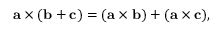
\mathbf { a } \times ( \mathbf { b } + \mathbf { c } ) = ( \mathbf { a } \times \mathbf { b } ) + ( \mathbf { a } \times \mathbf { c } ) ,